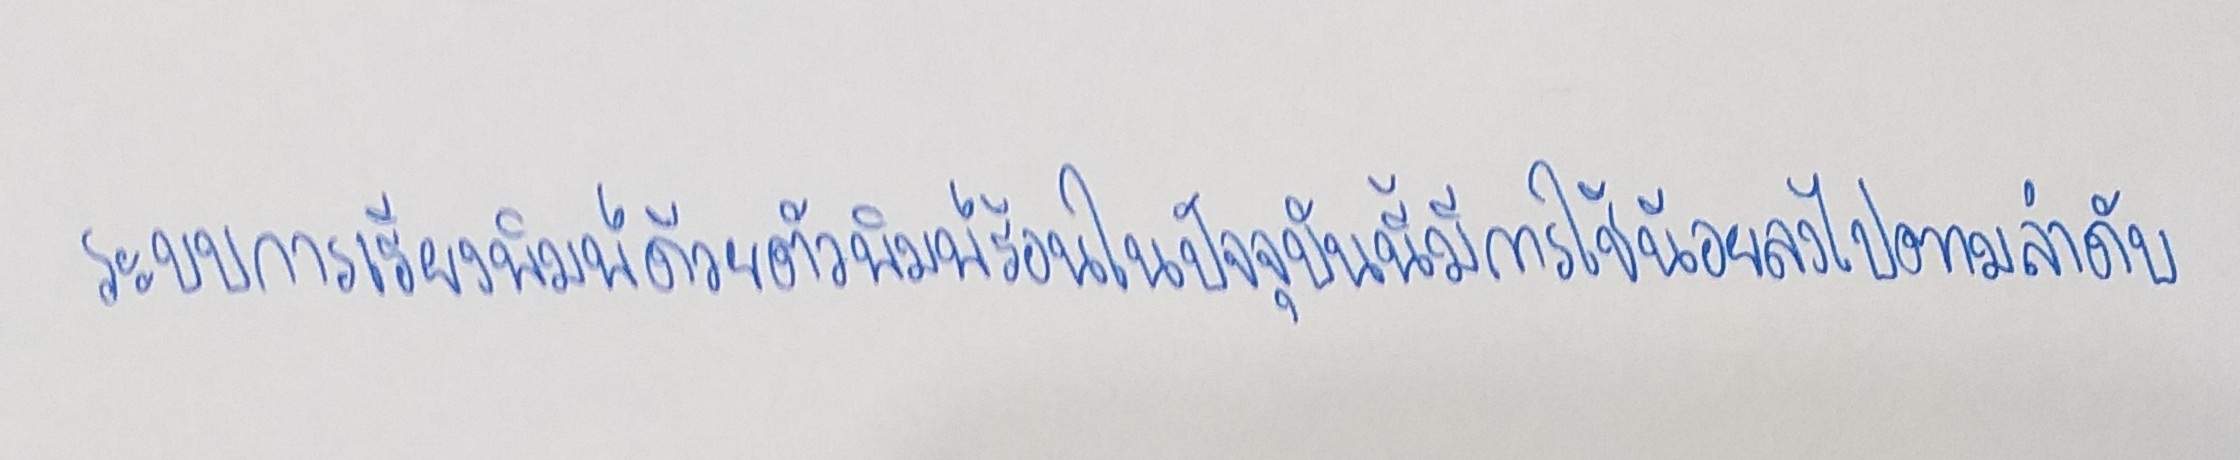
ระบบการเรียงพิมพ์ด้วยตัวพิมพ์ร้อนในปัจจุบันนี้มีการใช้น้อยลงไปตามลำดับ